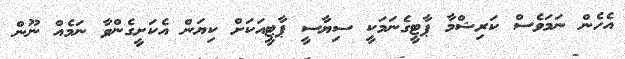
އެހެން ނަމަވެސް ކަރިޝްމާ ޕާޓީގެނަމަކީ ސިޔާސީ ޕާޓީއަކަށް ކިޔަން އެކަށީގެންވާ ނަމެއް ނޫން